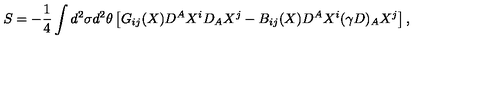
S = - \frac { 1 } { 4 } \int d ^ { 2 } \sigma d ^ { 2 } \theta \left[ G _ { i j } ( X ) D ^ { A } X ^ { i } D _ { A } X ^ { j } - B _ { i j } ( X ) D ^ { A } X ^ { i } ( \gamma D ) _ { A } X ^ { j } \right] ,